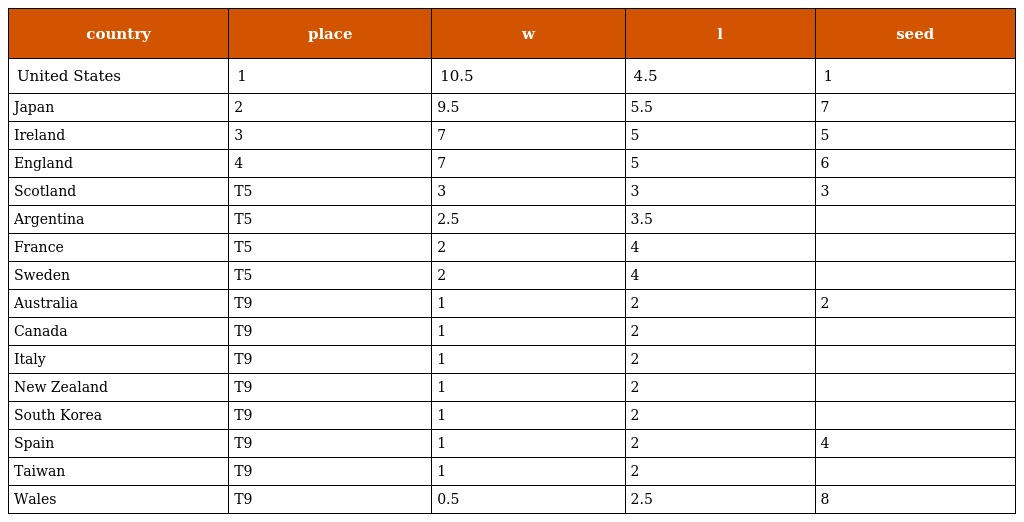
| country | place | w | l | seed |
 | --- | --- | --- | --- | --- |
 | United States | 1 | 10.5 | 4.5 | 1 |
 | Japan | 2 | 9.5 | 5.5 | 7 |
 | Ireland | 3 | 7 | 5 | 5 |
 | England | 4 | 7 | 5 | 6 |
 | Scotland | T5 | 3 | 3 | 3 |
 | Argentina | T5 | 2.5 | 3.5 |  |
 | France | T5 | 2 | 4 |  |
 | Sweden | T5 | 2 | 4 |  |
 | Australia | T9 | 1 | 2 | 2 |
 | Canada | T9 | 1 | 2 |  |
 | Italy | T9 | 1 | 2 |  |
 | New Zealand | T9 | 1 | 2 |  |
 | South Korea | T9 | 1 | 2 |  |
 | Spain | T9 | 1 | 2 | 4 |
 | Taiwan | T9 | 1 | 2 |  |
 | Wales | T9 | 0.5 | 2.5 | 8 |